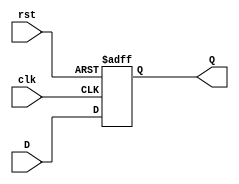
`timescale 1ns / 1ps
//////////////////////////////////////////////////////////////////////////////////
// Company: 
// Engineer: 
// 
// Design Name: 
// Module Name: DFlipFlop
// Project Name: 
// Target Devices: 
// Tool Versions: 
// Description: 
// 
// Dependencies: 
// 
// Revision:
// Revision 0.01 - File Created
// Additional Comments:
// 
//////////////////////////////////////////////////////////////////////////////////


module DFlipFlop
(input clk, input rst, input D, output reg Q);
always @ (posedge clk or posedge rst)
    if (rst) begin
        Q <= 1'b0;
    end else begin
        Q <= D;
    end
endmodule